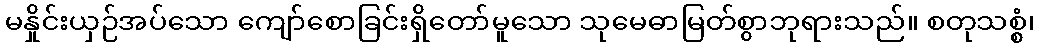
မနှိုင်းယှဉ်အပ်သော ကျော်စောခြင်းရှိတော်မူသော သုမေဓာမြတ်စွာဘုရားသည်။ စတုသစ္စံ၊